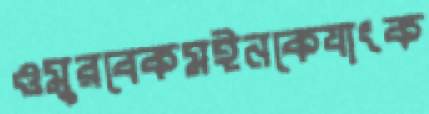
ওমুরবেকমইনকেযাংক